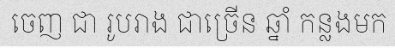
ចេញ ជា រូបរាង ជាច្រើន ឆ្នាំ កន្លងមក